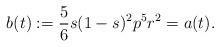
LaTeX: \begin{align*}b(t) := \frac 56 s (1-s)^2 p^5r^2 = a(t).\end{align*}